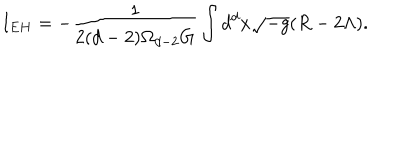
LaTeX: I _ { E H } = - \frac { 1 } { 2 ( d - 2 ) \Omega _ { d - 2 } G } \int d ^ { d } x \sqrt { - g } ( R - 2 \Lambda ) .